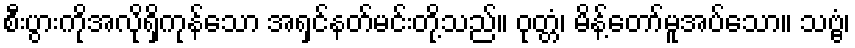
စီးပွားကိုအလိုရှိကုန်သော အရှင်နတ်မင်းတို့သည်။ ဝုတ္တံ၊ မိန့်တော်မူအပ်သော။ သဗ္ဗံ၊